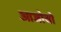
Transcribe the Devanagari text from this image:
आजोवो